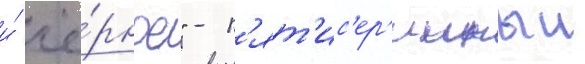
и́ чё́рное" - п'ят'ис'ер'ииныи